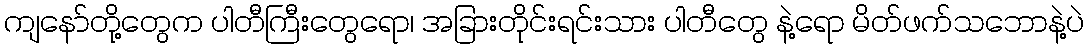
ကျနော်တို့တွေက ပါတီကြီးတွေရော၊ အခြားတိုင်းရင်းသား ပါတီတွေ နဲ့ရော မိတ်ဖက်သဘောနဲ့ပဲ